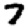
Digit: 7